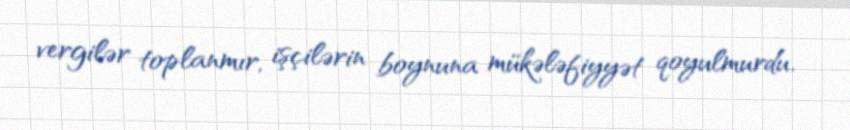
vergilər toplanmır, işçilərin boynuna mükələfiyyət qoyulmurdu.